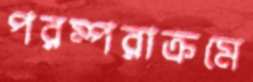
পরম্পরাক্রমে